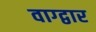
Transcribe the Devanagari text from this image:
वाग्द्वार